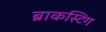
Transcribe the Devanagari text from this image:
ब्राकस्टिग